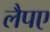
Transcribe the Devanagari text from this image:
लैपए